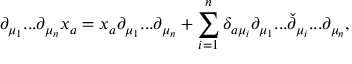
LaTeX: \partial _ { \mu _ { 1 } } . . . \partial _ { \mu _ { n } } x _ { a } = x _ { a } \partial _ { \mu _ { 1 } } . . . \partial _ { \mu _ { n } } + \sum _ { i = 1 } ^ { n } \delta _ { a \mu _ { i } } \partial _ { \mu _ { 1 } } . . . \check { \partial } _ { \mu _ { i } } . . . \partial _ { \mu _ { n } } ,